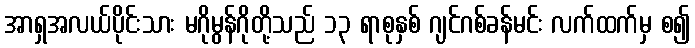
အာရှအလယ်ပိုင်းသား မဂိုမွန်ဂိုတို့သည် ၁၃ ရာစုနှစ် ဂျင်ဂစ်ခန်မင်း လက်ထက်မှ စ၍